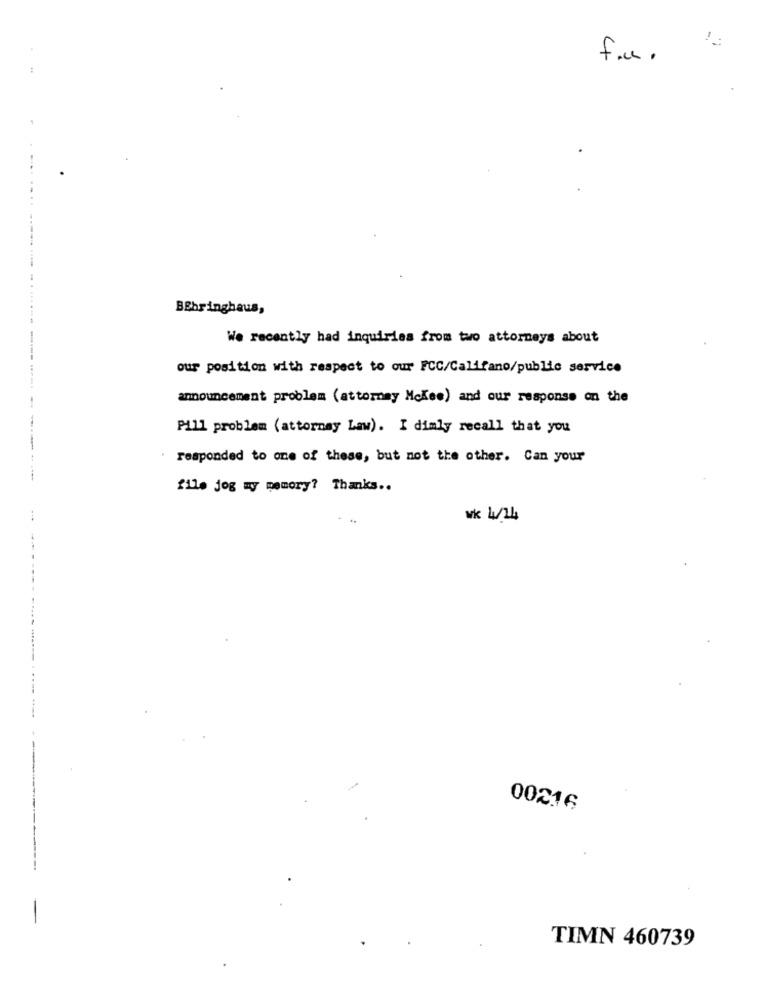
f.u.
BEbringhaus,
We recently had inquiries from two attorneys about
our position with respect to our FCC/Califano/public service
announcement problem (attorney Mckee) and our response on the
Pill problem ( attorney Law). I dimly recall that you
* responded to one of these, but not the other. Can your
file jog my memory? Thanks ..
...
wk 4/14
00216
TIMN 460739